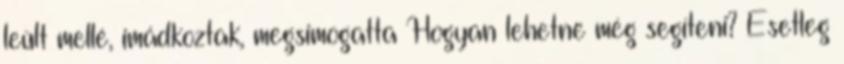
leült mellé, imádkoztak, megsimogatta Hogyan lehetne még segíteni? Esetleg